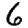
Digit: 6